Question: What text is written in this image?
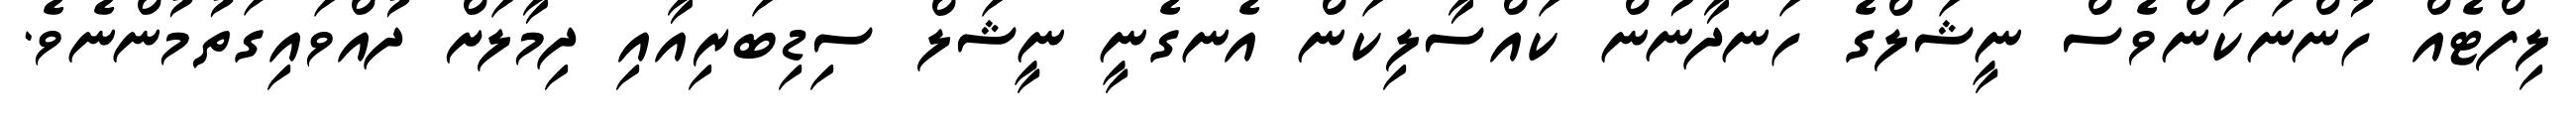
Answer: ލިފްޓެއް ހުންނަކަންވެސް ނީޝަލްގެ ހަނދާނުން ކައްސާލިކަން އެނގެނީ ނީޝަލް ސިޑިބަރިއާއި ދިމާލަށް ދުއްވައިގަތުމުންނެވެ.